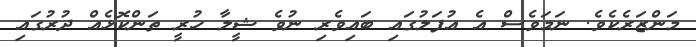
މަންޒަރެކެވެ. ނަމަވެސް އެ އުފަލުގައި ބައިވެރި ނުވެ ޝީލާ ހުރީ ތަންކޮޅެއް ދުރުގައި